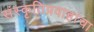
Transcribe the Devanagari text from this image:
संस्कृतिप्रवाहांचा